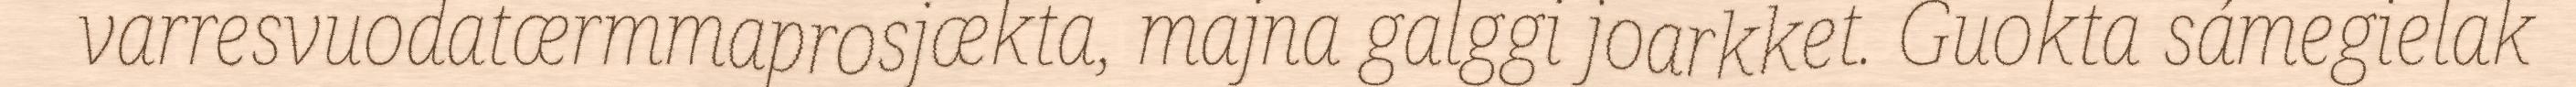
varresvuodatærmmaprosjækta, majna galggi joarkket. Guokta sámegielak